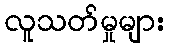
လူသတ်မှုများ